Vaccination in Bombay 1924-1928 - 1924-1928
Year: 1924
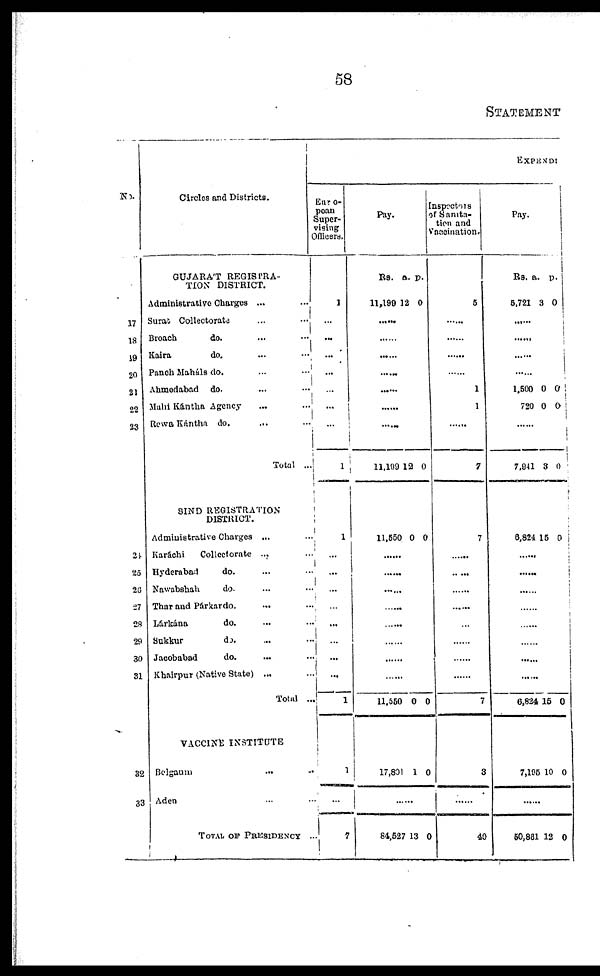
58
STATEMENT
No.
17
18
19
20
21
22
23
24
25
26
27
28
29
30
31
32
33
Circles and Districts.
GUJARÁT REGISTRA-
TION DISTRICT.
Administrative Charges ... ...
Surat Collectorate ... ...
Broach
do. ... ...
Kaira
do. ... ...
Panch Maháls do. ... ...
Ahmedabad do. ... ...
Mahi Kántha Agency ... ...
Rewa Kántha do.
... ...
Total ...
SIND REGISTRATION
DISTRICT.
Administrative Charges ... ...
Karáchi
Collectorate ... ...
Hyderabad
do. ... ...
Nawabshah
do. ... ...
Thar and Párkar do. ... ...
Lárkána
do. ... ...
Sukkur
do. ... ...
Jacobabad
do. ... ...
Khairpur (Native State) ... ...
Total ...
VACCINE INSTITUTE
Belgaum
...
...
Aden ... ...
TOTAL OF PRESIDENCY ...
EXPENDI
Euro-
pean
Super-
vising
Officers.
1
...
...
...
...
...
...
...
1
1
...
...
...
...
...
...
...
...
1
1
...
7
Pay.
Rs.
11,190
a.
12
p.
0
......
......
......
......
......
......
......
11,100 12 0
11,550 0 0
......
......
......
......
......
......
......
......
11,550 0 0
17,801 1 0
......
84,527 13 0
Inspectors
of Sanita-
tion and
Vancination.
5
......
......
......
......
1
1
......
7
7
......
......
......
......
......
......
......
7
3
......
49
Pay.
Rs.
5,721
a.
3
p.
0
......
......
......
......
1,500
720
0
0
0
0
......
7,941 33 0
6,824 15 0
......
......
......
......
......
......
......
......
6,824 15 0
7,195 10 0
......
50,861 12 0